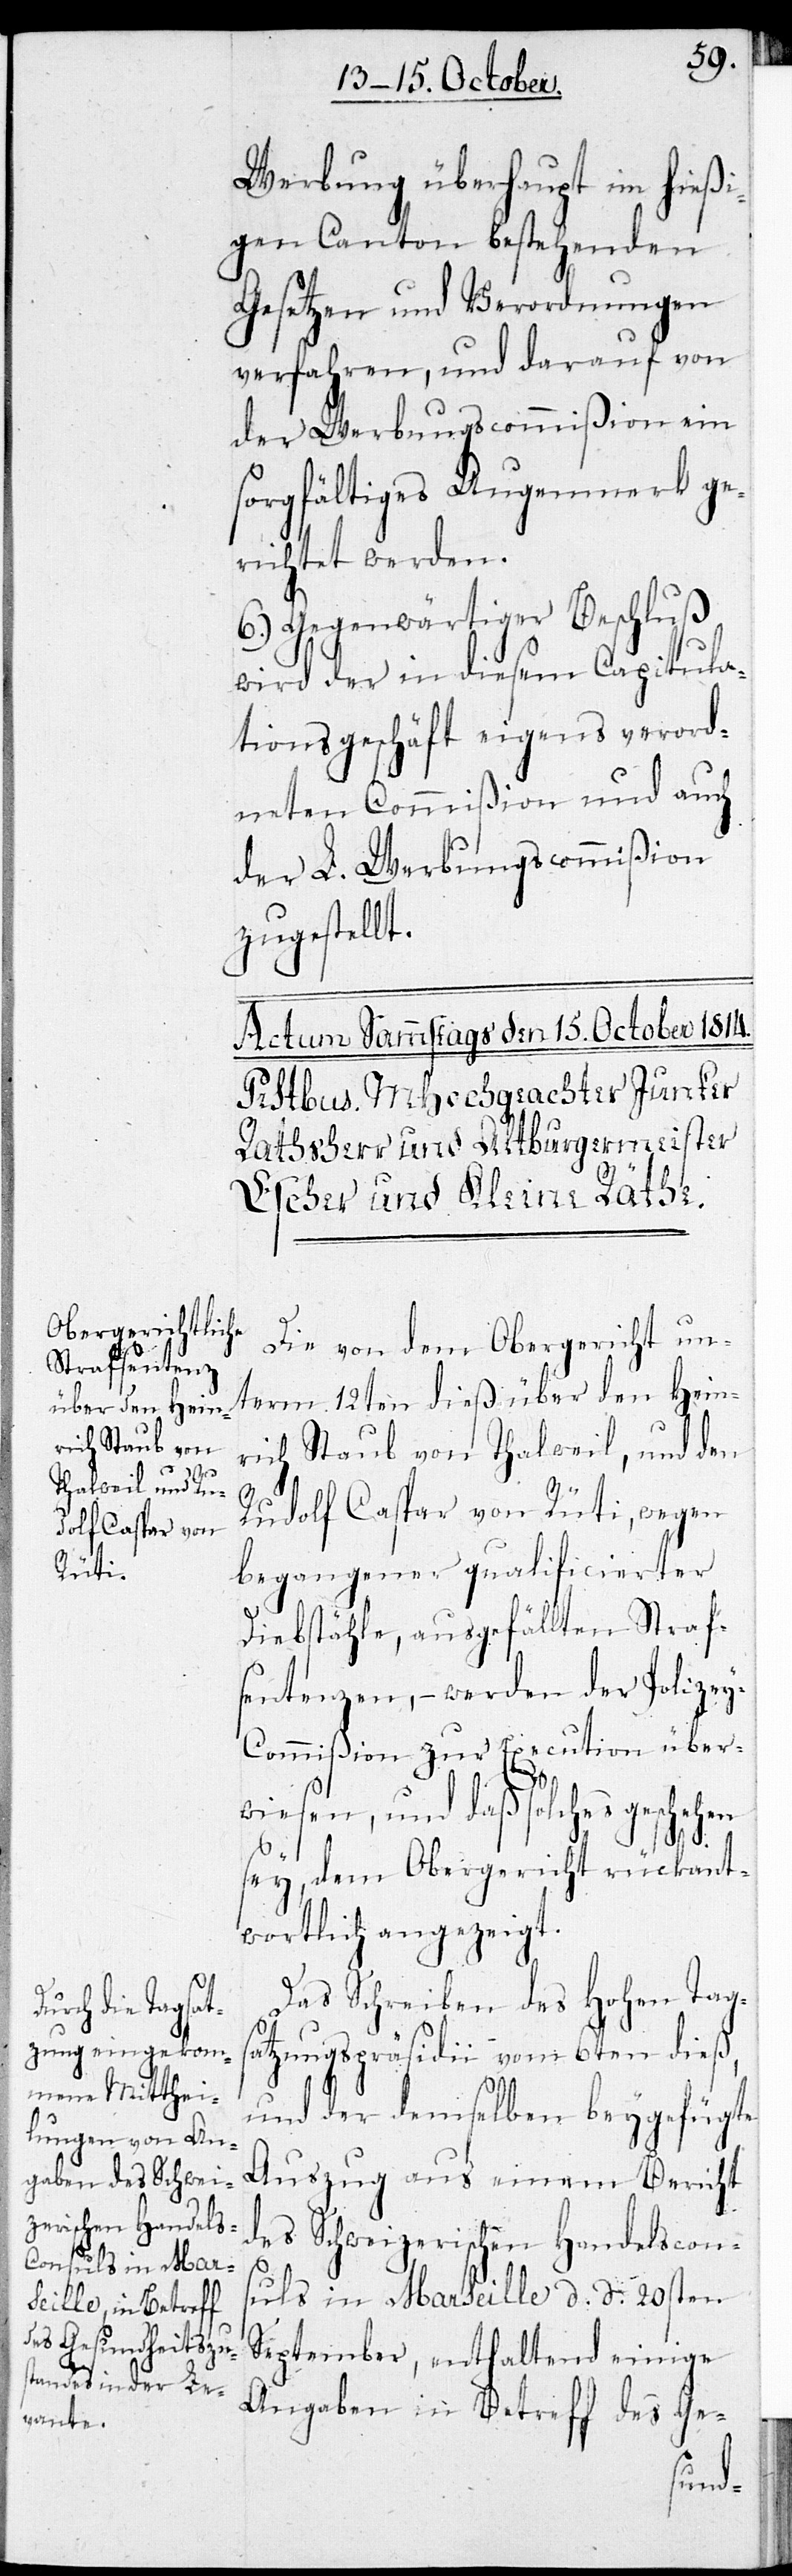
Werbung überhaupt im hießi¬
gen Canton bestehenden
Gesetzen und Verordnungen
verfahren, und darauf von
der Werbungscommißion ein
sorgfältiges Augenmerk ge¬
richtet werden.
6.) Gegenwärtiger Beschluß
wird der in diesem Capitula¬
tionsgeschäft eigens verord¬
neten Commißion und auch
der L. Werbungscommißion
zugestellt.
Die von dem Obergericht un¬
term 12ten dieß über den Hein¬
rich Staub von Thalweil, und den
Rudolf Caspar von Rüti, wegen
begangener qualificierter
Diebstähle, ausgefällten Straf¬
sentenzen, – werden der Polize¬
y-Commißion zur Execution über¬
wiesen, und daß solches geschehen
sey, dem Obergericht rückant¬
wortlich angezeigt.
Das Schreiben des Hohen Tagsa¬
tzungspräsidii vom 6ten dieß,
und der demselben beygefügte
Auszug aus einem Bericht
des Schweizerischen Handelscon¬
suls in Marseille d. d. 20sten
September, enthaltend einige
Angaben in Betreff des Ge-